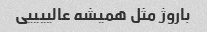
باروژ مثل همیشه عالییییی